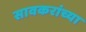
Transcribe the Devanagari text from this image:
सावकरांच्या